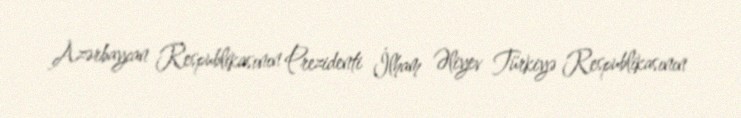
Azərbaycan Respublikasının Prezidenti İlham Əliyev Türkiyə Respublikasının